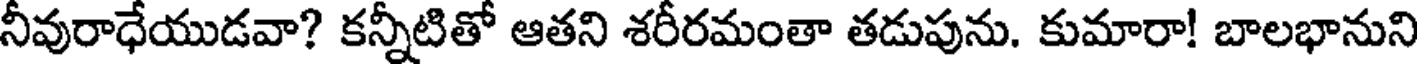
నీవురాధేయుడవా? కన్నీటితో ఆతని శరీరమంతా తడుపును. కుమారా! బాలభానుని